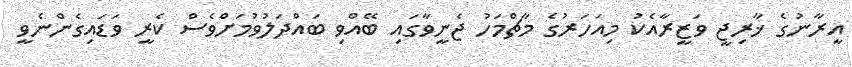
އީރާނުގެ ޚާރިޖީ ވަޒީރާއެކު މިއަހަރުގެ މާޗްމަހު ޖެނީވާގައި ބޭއްވި ބައްދަލުވުމަށްވެސް ކެރީ ވަޑައިގެންނެވީ